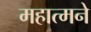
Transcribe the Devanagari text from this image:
महात्मने